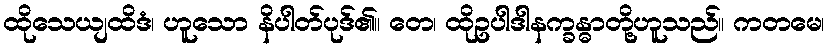
ထိုသေယျထိဒံ၊ ဟူသော နိပါတ်ပုဒ်၏။ တေ၊ ထိုဥပါဒါနက္ခန္ဓာတို့ဟူသည်။ ကတမေ၊